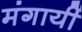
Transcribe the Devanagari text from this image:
मंगायीं